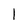
Character: l